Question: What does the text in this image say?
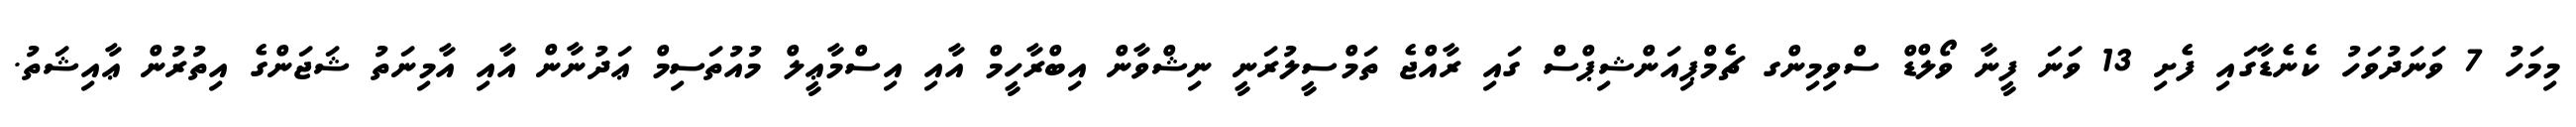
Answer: މިމަހު 7 ވަނަދުވަހު ކެނެޑާގައި ފެށި 13 ވަނަ ފީނާ ވޯލްޑް ސްވިމިންގ ޗެމްޕިއަންޝިޕްސް ގައި ރާއްޖެ ތަމްސީލުރަނީ ނިޝްވާން އިބްރާހީމް އާއި އިސްމާޢީލް މުއުތަސިމް ޢަދުނާން އާއި އާމިނަތު ޝަޖަންގެ އިތުރުން ޢާއިޝަތު.